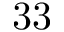
3 3